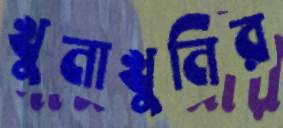
খুনাখুনির